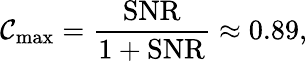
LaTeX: \mathcal{C}_{\mathrm{max}}=\frac{\mathrm{SNR}}{1+\mathrm{SNR}}\approx 0.89,